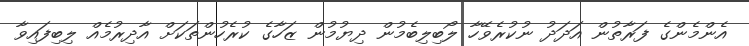
އެންމެންގެ ފަރާތުން އަދަދު ނުކުރެވޭހާ ލޯބިލިބެމުން ދިޔުމުން ޒަހާގެ ކުރެހުންތަކަށް އާދިރުމެއް ލިބިފައިވާ